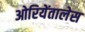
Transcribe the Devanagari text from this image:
ओरियेंतालेस